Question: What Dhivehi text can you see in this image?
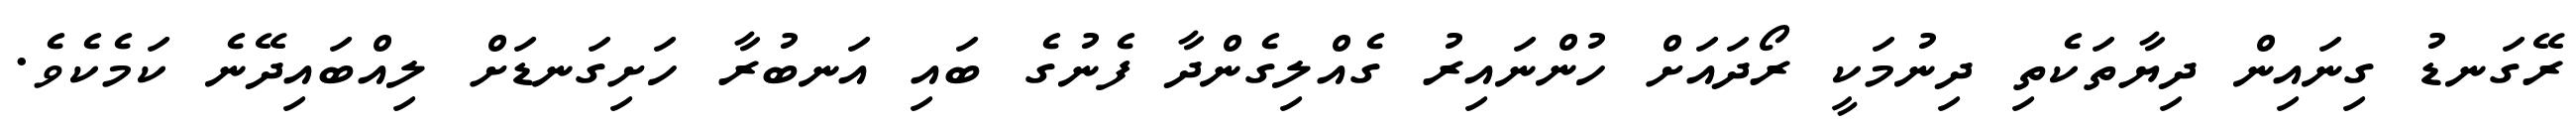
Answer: ރޭގަނޑު ގިނައިން ދިޔާތަކެތި ދިނުމަކީ ރޯދައަށް ހުންނައިރު ގެއްލިގެންދާ ފެނުގެ ބައި އަނބުރާ ހަށިގަނޑަށް ލިއްބައިދޭނެ ކަމެކެވެ.